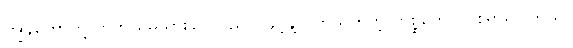
ကျွန်တော်တို့ ဟိုတယ်မသွားခင် ပြည်ဝင်ခွင့်နဲ့ ပတ်သက်တဲ့ ကိစ္စတွေလုပ်စရာရှိပါတယ်။